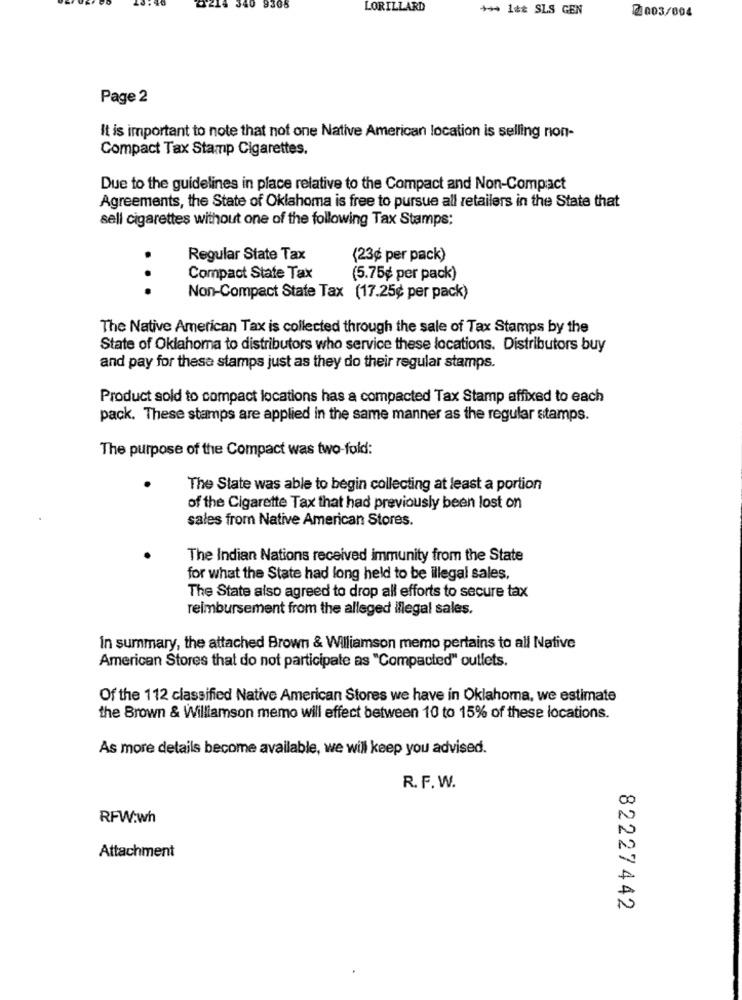
40 9365
LORILLARD
*** 1 ** SLS GEN
2003/004
Page 2
It is important to note that not one Native American location is selling non-
Compact Tax Stamp Cigarettes.
Due to the guidelines in place relative to the Compact and Non-Compact
Agreements, the State of Oklahoma is free to pursue all retailers in the State that
sell cigarettes without one of the following Tax Stamps:
Regular State Tax
(23¢ per pack)
Compact State Tax
(5.75¢ per pack)
...
Non-Compact State Tax (17.25¢ per pack)
The Native American Tax is collected through the sale of Tax Stamps by the
State of Oklahoma to distributors who service these locations. Distributors buy
and pay for these stamps just as they do their regular stamps.
Product sold to compact locations has a compacted Tax Stamp affixed to each
pack. These stamps are applied in the same manner as the regular stamps.
The purpose of the Compact was two-fold:
The State was able to begin collecting at least a portion
of the Cigarette Tax that had previously been lost on
sales from Native American Stores.
The Indian Nations received immunity from the State
for what the State had long held to be illegal sales,
The State also agreed to drop all efforts to secure tax
reimbursement from the alleged illegal sales.
In summary, the attached Brown & Williamson memo pertains to all Native
American Stores that do not participate as "Compacted" outlets.
Of the 112 classified Native American Stores we have in Oklahoma, we estimate
the Brown & Williamson memo will effect between 10 to 15% of these locations.
As more details become available, we will keep you advised.
R. F. W.
00
RFW:wh
Attachment
N
82227442